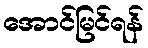
အောင်မြင်ရန်